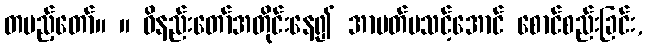
တပည့်တော်။ ။ ဝိနည်းတော်အတိုင်းနေ၍ အာပတ်မသင့်အောင် စောင်စည်းခြင်း,